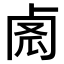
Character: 𠧼